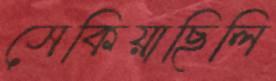
সেকিয়াছিলি